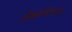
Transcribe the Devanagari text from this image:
लेबाॅरेटाॅरी